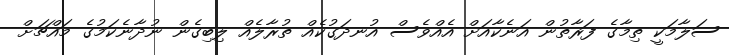
ސަލާމަކީ ތިމާގެ ފަރާތުން އަނެކާއަށް އެއްވެސް އުނދަގުކެއް ތުރާލެއް ލިބިގެން ނުދާނެކަމުގެ މައްޗަށް